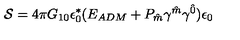
{ \cal S } = 4 \pi G _ { 1 0 } \epsilon _ { 0 } ^ { \ast } ( E _ { A D M } + P _ { \hat { m } } \gamma ^ { \hat { m } } \gamma ^ { \hat { 0 } } ) \epsilon _ { 0 }